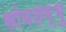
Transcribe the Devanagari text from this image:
सोमशम्भु